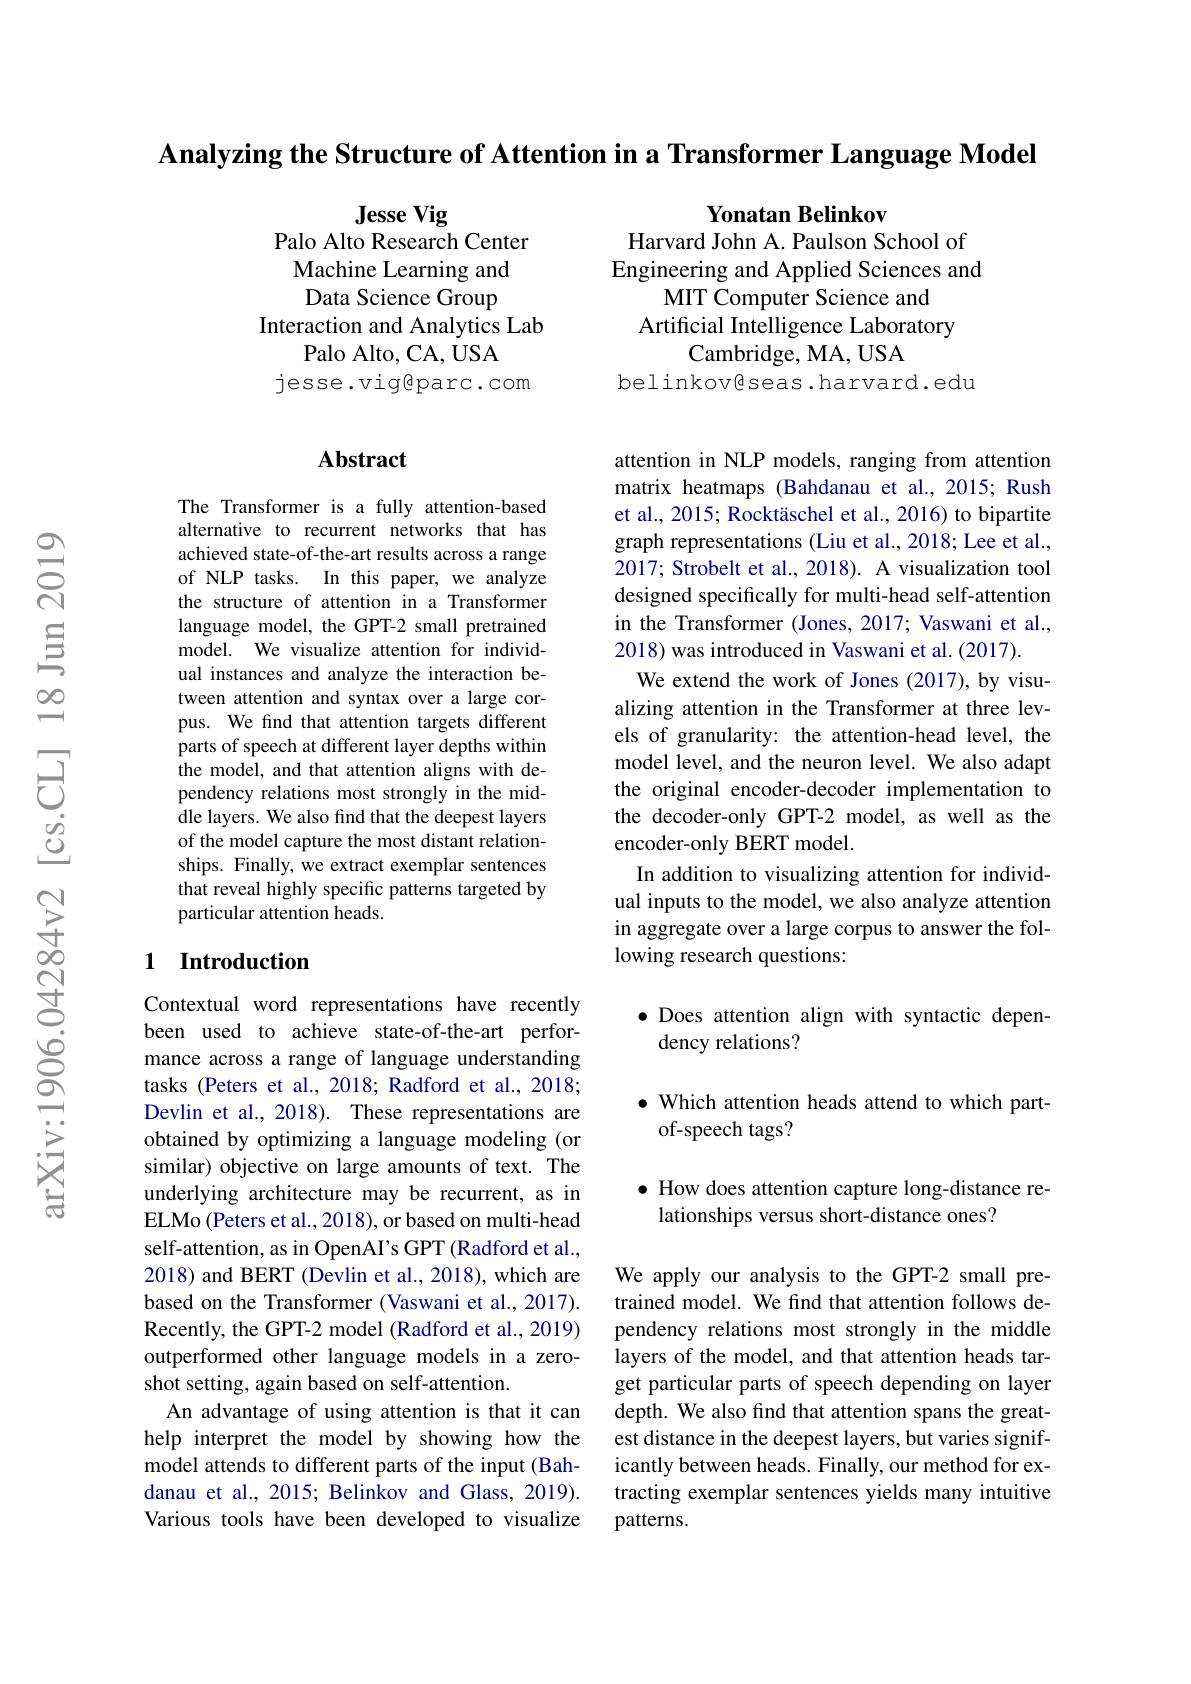
Analyzing the Structure of Attention in a Transformer Language Model

Jesse Vig
Palo Alto Research Center Machine Learning and Data Science Group
Interaction and Analytics Lab
Palo Alto, CA, USA
jesse.viggparc.com

Yonatan Belinkov
Harvard John A. Paulson School of Engineering and Applied Sciences and
MIT Computer Science and Artificial Intelligence Laboratory
Cambridge, MA, USA
belinkoves.harvard.edu

### Abstract

attention in NLP models, ranging from attention matrix heatmaps (Bahdanau et al.,2015; Rush et al., 2015; Rocktäschel et al., 2016) to bipartite graph representations (Liu et al., 2018; Lee et al., 2017; Strobelt et al., 2018). A visualization tool designed specifically for multi-head self-attention in the Transformer (Jones, 2017; Vaswani et al., 2018) was introduced in Vaswani et al. (2017).
We extend the work of Jones (2017), by visualizing attention in the Transformer at three levels of granularity: the attention-head level, the model level, and the neuron level. We also adapt the original encoder-decoder implementation to the decoder-only GPT-2 model, as well as the encoder-only BERT model.
In addition to visualizing attention for individual inputs to the model, we also analyze attention in aggregate over a large corpus to answer the following research questions:

The Transformer is a fully attention-based alternative to recurrent networks that has achieved state-of-the-art results across a range of NLP tasks. In this paper, we analyze the structure of attention in a Transformer language model, the GPT-2 small pretrained model. We visualize attention for individual instances and analyze the interaction between attention and syntax over a large corpus. We find that attention targets different parts of speech at different layer depths within the model, and that attention aligns with dependency relations most strongly in the middle layers. We also find that the deepest layers of the model capture the most distant relationships. Finally, we extract exemplar sentences that reveal highly specific patterns targeted by particular attention heads.

## 1 Introduction

## $\bullet$ Does attention align with syntactic dependency relations?

## $\bullet$ Which attention heads attend to which partof-speech tags?

$\bullet$ How does attention capture long-distance re-
lationships versus short-distance ones?

Contextual word representations have recently been used to achieve state-of-the-art performance across a range of language understanding tasks (Peters et al., 2018; Radford et al., 2018; Devlin et al., 2018). These representations are obtained by optimizing a language modeling (or similar) objective on large amounts of text. The underlying architecture may be recurrent, as in ELMo (Peters et al., 2018), or based on multi-head self-attention, as in OpenAI's GPT (Radford et al., 2018) and BERT (Devlin et al., 2018), which are based on the Transformer (Vaswani et al., 2017). Recently, the GPT-2 model (Radford et al., 2019) outperformed other language models in a zeroshot setting, again based on self-attention.
An advantage of using attention is that it can help interpret the model by showing how the model attends to different parts of the input (Bahdanau et al., 2015; Belinkov and Glass, 2019). Various tools have been developed to visualize

We apply our analysis to the GPT-2 small pretrained model. We find that attention follows dependency relations most strongly in the middle layers of the model, and that attention heads target particular parts of speech depending on layer depth. We also find that attention spans the greatest distance in the deepest layers, but varies significantly between heads. Finally, our method for extracting exemplar sentences yields many intuitive patterns.